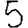
Digit: 5